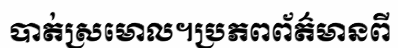
បាត់ស្រមោល។ប្រភពព័ត៌មានពី